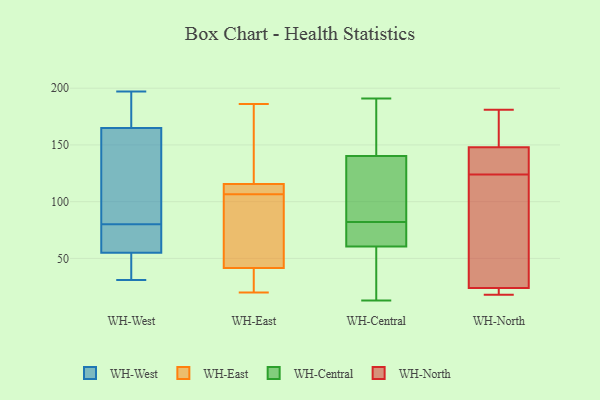
{"axis": {"x": "Active Users", "y": "Value"}, "legend": ["WH-Central", "WH-East", "WH-North", "WH-West"], "data": [{"x": "", "y": 36, "type": "WH-West"}, {"x": "", "y": 82, "type": "WH-West"}, {"x": "", "y": 55, "type": "WH-West"}, {"x": "", "y": 165, "type": "WH-West"}, {"x": "", "y": 31, "type": "WH-West"}, {"x": "", "y": 187, "type": "WH-West"}, {"x": "", "y": 160, "type": "WH-West"}, {"x": "", "y": 197, "type": "WH-West"}, {"x": "", "y": 78, "type": "WH-West"}, {"x": "", "y": 63, "type": "WH-West"}, {"x": "", "y": 53, "type": "WH-East"}, {"x": "", "y": 92, "type": "WH-East"}, {"x": "", "y": 129, "type": "WH-East"}, {"x": "", "y": 186, "type": "WH-East"}, {"x": "", "y": 27, "type": "WH-East"}, {"x": "", "y": 109, "type": "WH-East"}, {"x": "", "y": 116, "type": "WH-East"}, {"x": "", "y": 30, "type": "WH-East"}, {"x": "", "y": 115, "type": "WH-East"}, {"x": "", "y": 108, "type": "WH-East"}, {"x": "", "y": 105, "type": "WH-East"}, {"x": "", "y": 20, "type": "WH-East"}, {"x": "", "y": 145, "type": "WH-Central"}, {"x": "", "y": 55, "type": "WH-Central"}, {"x": "", "y": 126, "type": "WH-Central"}, {"x": "", "y": 191, "type": "WH-Central"}, {"x": "", "y": 165, "type": "WH-Central"}, {"x": "", "y": 77, "type": "WH-Central"}, {"x": "", "y": 89, "type": "WH-Central"}, {"x": "", "y": 13, "type": "WH-Central"}, {"x": "", "y": 82, "type": "WH-Central"}, {"x": "", "y": 19, "type": "WH-Central"}, {"x": "", "y": 82, "type": "WH-Central"}, {"x": "", "y": 33, "type": "WH-North"}, {"x": "", "y": 148, "type": "WH-North"}, {"x": "", "y": 175, "type": "WH-North"}, {"x": "", "y": 22, "type": "WH-North"}, {"x": "", "y": 157, "type": "WH-North"}, {"x": "", "y": 48, "type": "WH-North"}, {"x": "", "y": 143, "type": "WH-North"}, {"x": "", "y": 129, "type": "WH-North"}, {"x": "", "y": 127, "type": "WH-North"}, {"x": "", "y": 181, "type": "WH-North"}, {"x": "", "y": 20, "type": "WH-North"}, {"x": "", "y": 24, "type": "WH-North"}, {"x": "", "y": 18, "type": "WH-North"}, {"x": "", "y": 121, "type": "WH-North"}]}